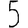
Digit: 5